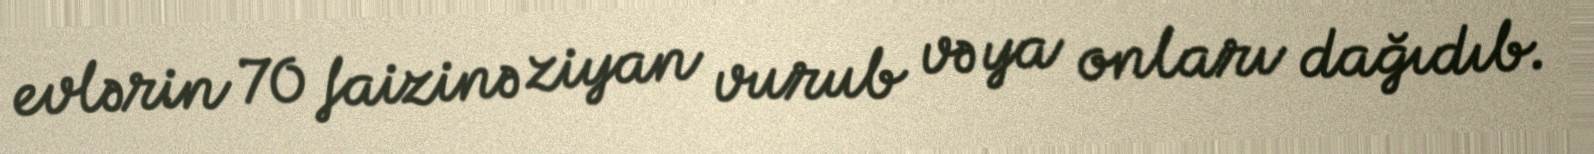
evlərin 70 faizinə ziyan vurub və ya onları dağıdıb.